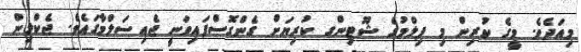
މިއަދެވެ. މީގެ ކުރިން މި ފިލްމުގެ ޝޫޓިންގ ކުރިޔަށް ގެންގޮސްފައިވަނީ ޖެއިސަލްމާގައެވެ. ޖެކްލިން